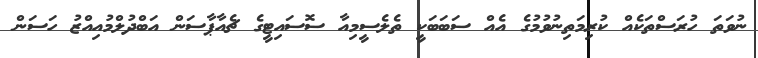
ނުވަތަ ހުރަސްތަކެއް ކުރިމަތިނުވުމުގެ އެއް ސަބަބަކީ ތެލެސީމިއާ ސޮސައިޓީގެ ޗެއާޕާސަން އަބްދުލްމުއިއްޒު ހަސަން